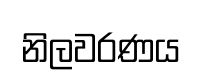
නිලවරණය